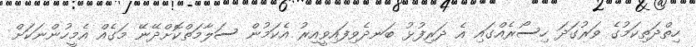
ހިތްދަތިކަމުގެ ވަރުގަދަ ހިސޯރެއްގައި އެ ދަރިފުޅު ބަނދެވިފައިވީއިރު އެކަމުން ސަލާމަތްކޮށްދޭނޭ މަގެއް އެމީހުންނަކަށް